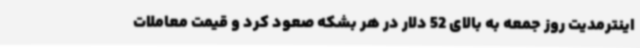
اینترمدیت روز جمعه به بالای 52 دلار در هر بشکه صعود کرد و قیمت معاملات